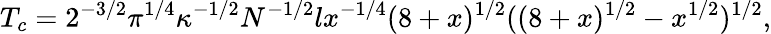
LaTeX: T_{c}=2^{-3/2}\pi^{1/4}\kappa^{-1/2}N^{-1/2}lx^{-1/4}(8+x)^{1/2}((8+x)^{1/2}-x^{1/2})^{1/2},